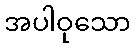
အပါဝုသော